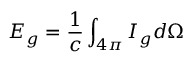
E _ { g } = \frac { 1 } { c } \int _ { 4 \pi } I _ { g } d \Omega